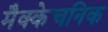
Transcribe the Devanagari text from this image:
मैक्केचनिक